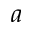
a